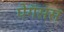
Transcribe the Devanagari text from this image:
पेगॅसस